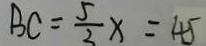
B C = \frac { 5 } { 3 } x = 4 5